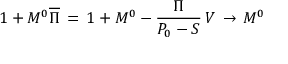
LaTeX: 1 + M ^ { 0 } \overline { { \Pi } } \, = \, 1 + M ^ { 0 } - { \frac { \Pi } { P _ { 0 } - S } } \, V \, \to \, M ^ { 0 }